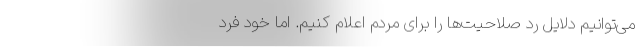
می‌توانیم دلایل رد صلاحیت‌ها را برای مردم اعلام کنیم. اما خود فرد